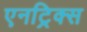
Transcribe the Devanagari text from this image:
एनट्रिक्स